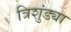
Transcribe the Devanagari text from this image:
त्रिशुंड्या